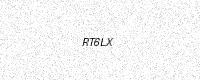
Text: RT6LX